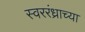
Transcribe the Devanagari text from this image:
स्वररंध्राच्या